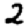
Digit: 2